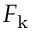
F _ { \mathrm { k } }